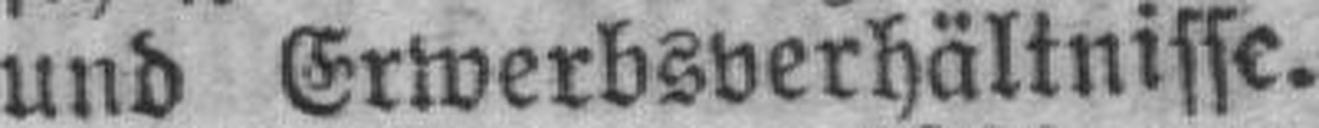
und Erwerbsverhältnisse.